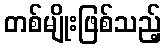
တစ်မျိုးဖြစ်သည့်